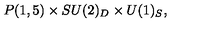
P ( 1 , 5 ) \times S U ( 2 ) _ { D } \times U ( 1 ) _ { S } ,